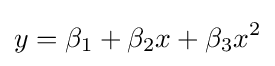
y=\beta _{1}+\beta _{2}x+\beta _{3}x^{2}